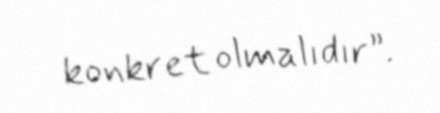
konkret olmalıdır”.